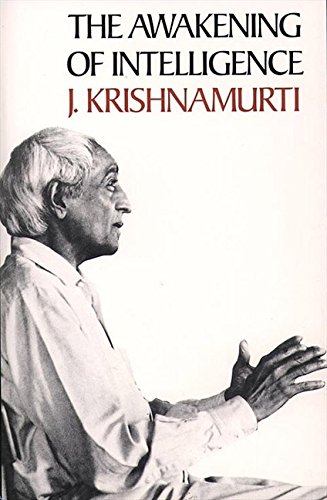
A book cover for The Awakening of Intelligence; Jiddu Krishnamurti; Literature & Fiction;